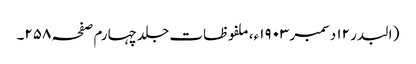
( البدر ۱۲ دسمبر ۱۹۰۳ء، ملفوظات جلد چہارم صفحہ ۲۵۸۔